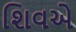
શિવએ